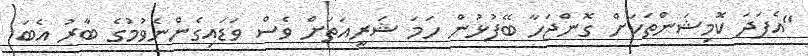
"އެފަދަ ކޮމިޝަންތަކަށް ގޮންޖަހާ ބޭފުޅުން ހަމަ ޝަރީއަތަށް ވެސް ވަޑައިގެންނެވުމުގެ ބާރު އެބަ